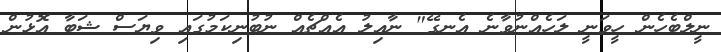
ނީލްބެހެން ހީވަނީ ލަހެއްނުވާނެ އެނގޭ" ނާއިލު އެއްޗެއް ނުބުނިކަމުގައި ވިޔަސް ޝަބާ އޮޅުން